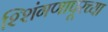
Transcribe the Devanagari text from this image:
श्शिंगणापूरच्या